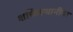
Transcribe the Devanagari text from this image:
शक्तिस्थानीया